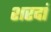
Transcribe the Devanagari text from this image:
शरदां